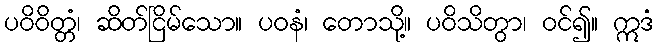
ပဝိဝိတ္တံ၊ ဆိတ်ငြိမ်သော။ ပဝနံ၊ တောသို့။ ပဝိသိတွာ၊ ဝင်၍။ ဣဒံ